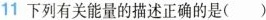
11下列有关能量的描述正确的是( )